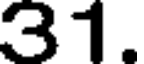
31.